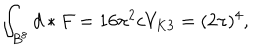
\int _ { B ^ { 8 } } d \ast F = 1 6 \pi ^ { 2 } c V _ { K 3 } = ( 2 \pi ) ^ { 4 } ,